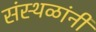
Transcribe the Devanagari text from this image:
संस्थळांनी